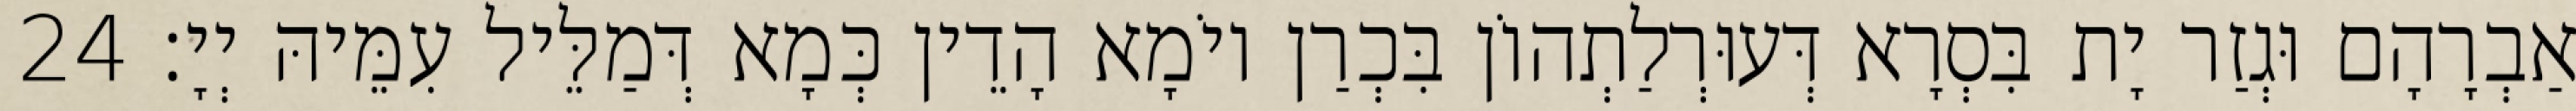
אַבְרָהָם וּגְזַר יָת בִּסְרָא דְּעוּרְלַתְהוֹן בִּכְרַן יוֹמָא הָדֵין כְּמָא דְּמַלֵּיל עִמֵּיהּ יְיָ׃ 24